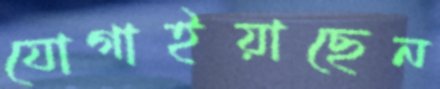
যোগাইয়াছেন